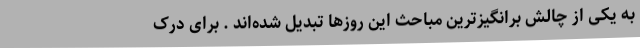
به یکی از چالش برانگیزترین مباحث این روزها تبدیل شده‌اند . برای درک